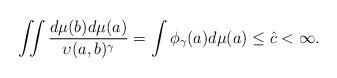
LaTeX: \begin{align*}\iint\frac{d\mu(b)d\mu(a)}{\upsilon(a,b)^\gamma}= \int \phi_\gamma(a)d\mu(a)\le \hat c<\infty.\end{align*}